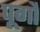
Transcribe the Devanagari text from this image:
पूगौ